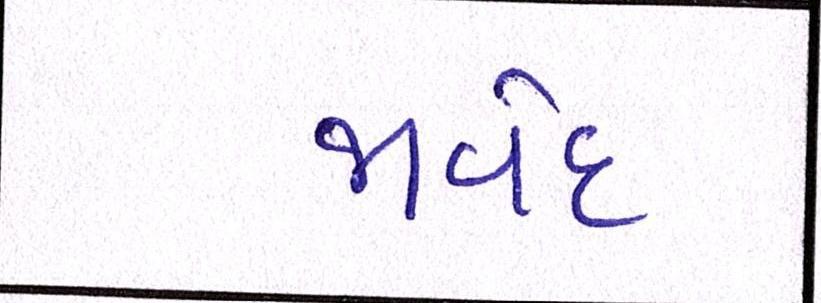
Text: જાવેદ